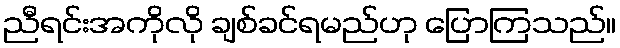
ညီရင်းအကိုလို ချစ်ခင်ရမည်ဟု ပြောကြသည်။